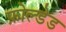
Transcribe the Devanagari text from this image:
फ़ोल्डेड